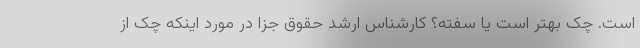
است. چک بهتر است یا سفته؟ کارشناس ارشد حقوق جزا در مورد اینکه چک از